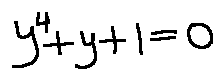
y ^ { 4 } + y + 1 = 0